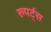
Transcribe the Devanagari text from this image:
रुपर्ट्स